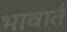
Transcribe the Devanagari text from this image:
भावार्त